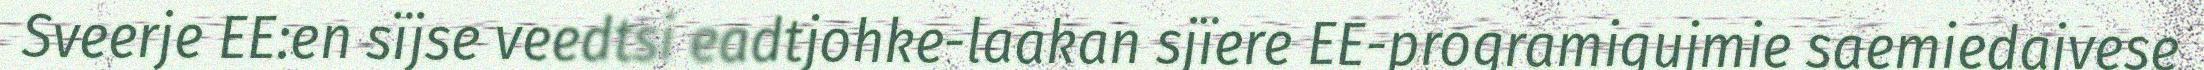
Sveerje EE:en sïjse veedtsi eadtjohke-laakan sjïere EE-programigujmie saemiedajvese